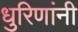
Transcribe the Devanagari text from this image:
धुरिणांनी